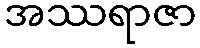
အဿရာဇာ